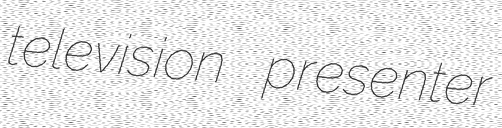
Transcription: television presenter